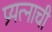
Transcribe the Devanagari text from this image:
प्रयत्नाची